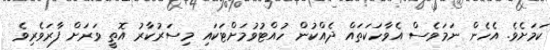
ކަމަށެވެ. އެހެން ނަމަވެސް އެވާހަކަތައް ދެއްކުން ހުއްޓުވުމަށްޓަކައި މިސަރުކާރު އޮތީ ވަރަށް ފާރަވެރިވެ